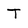
Character: T